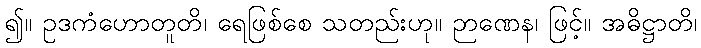
၍။ ဥဒကံဟောတူတိ၊ ရေဖြစ်စေ သတည်းဟု။ ဉာဏေန၊ ဖြင့်။ အဓိဋ္ဌာတိ၊